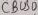
Text: CBUS0